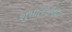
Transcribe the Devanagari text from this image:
शुभाताईंच्या